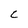
Character: C